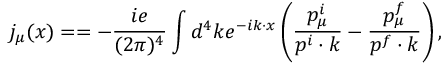
j _ { \mu } ( x ) = = - \frac { i e } { ( 2 \pi ) ^ { 4 } } \int d ^ { 4 } k e ^ { - i k \cdot x } \left( \frac { p _ { \mu } ^ { i } } { p ^ { i } \cdot k } - \frac { p _ { \mu } ^ { f } } { p ^ { f } \cdot k } \right) ,